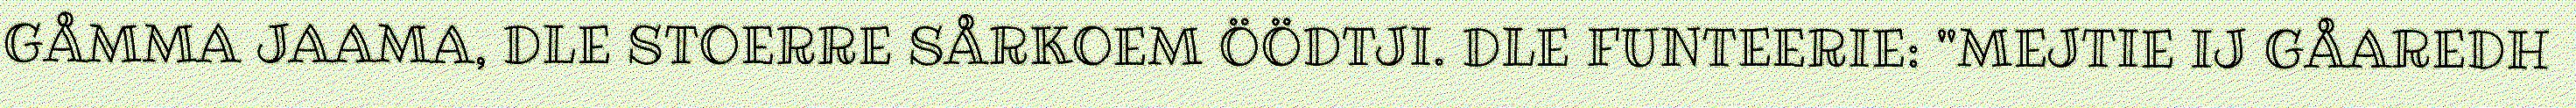
GÅMMA JAAMA, DLE STOERRE SÅRKOEM ÖÖDTJI. DLE FUNTEERIE: "MEJTIE IJ GÅAREDH